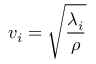
v _ { i } = \sqrt { \frac { \lambda _ { i } } { \rho } }